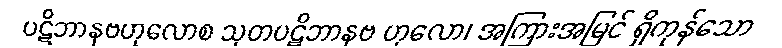
ပဋိဘာနဗဟုလောစ သုတပဋိဘာနဗ ဟုလော၊ အကြားအမြင် ရှိကုန်သော